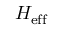
H _ { \mathrm { e f f } }